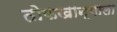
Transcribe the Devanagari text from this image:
तोफखान्याला